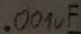
Text: .001µF